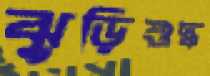
ঝুড়িশুদ্ধ